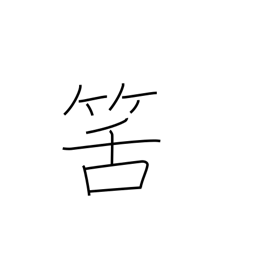
Meaning: expected